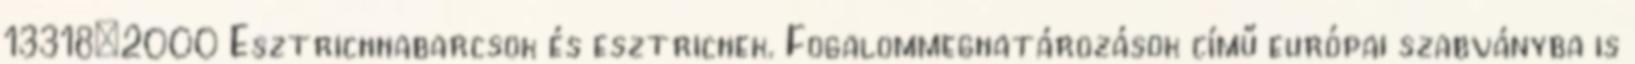
13318:2000 Esztrichhabarcsok és esztrichek. Fogalommeghatározások című európai szabványba is